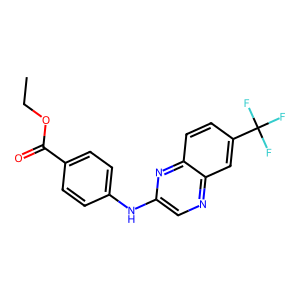
SMILES: CCOC(=O)c1ccc(Nc2cnc3cc(C(F)(F)F)ccc3n2)cc1
Inhibits HIV replication: No